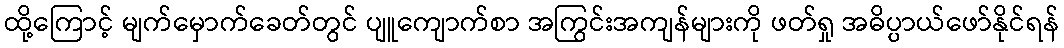
ထို့ကြောင့် မျက်မှောက်ခေတ်တွင် ပျူကျောက်စာ အကြွင်းအကျန်များကို ဖတ်ရှု အဓိပ္ပာယ်ဖော်နိုင်ရန်